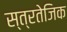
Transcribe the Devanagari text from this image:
स्त्रतेजिक